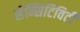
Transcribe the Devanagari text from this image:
सेन्सिटिविटी